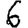
Digit: 6